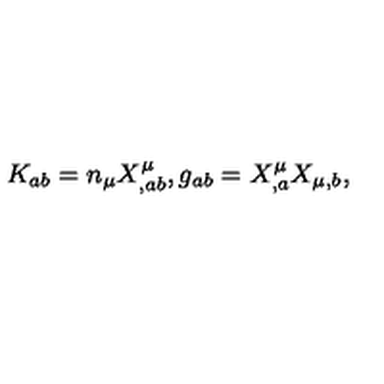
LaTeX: K _ { a b } = n _ { \mu } X _ { , a b } ^ { \mu } , g _ { a b } = X _ { , a } ^ { \mu } X _ { \mu , b } ,